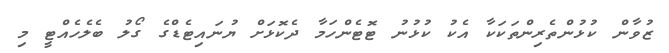
ޒުވާން ކުޅުންތެރިންތަކަކާ އެކު ކުޅުނު ޓޮޓެންހަމާ ދެކޮޅަށް ޔުނައިޓެޑްގެ ގޯލު ބެލެހެއްޓީ މި